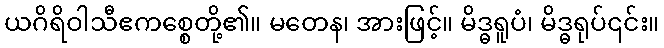
ယဂိရိဝါသီဧကစ္စေတို့၏။ မတေန၊ အားဖြင့်။ မိဒ္ဓရူပံ၊ မိဒ္ဓရုပ်၎င်း။